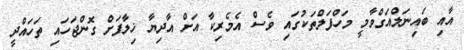
އާއި ބައިނަލްއަގްވާމީ މަހްފަލްތަކުގައި ވެސް އެމެރިކާ އަށް އާދިޔާ ޚިލާފަށް ގޮންޖަހައި ތަހައްދީ